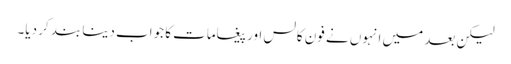
لیکن بعد میں انہوں نے فون کالس اور پیغامات کا جواب دینا بند کر دیا۔